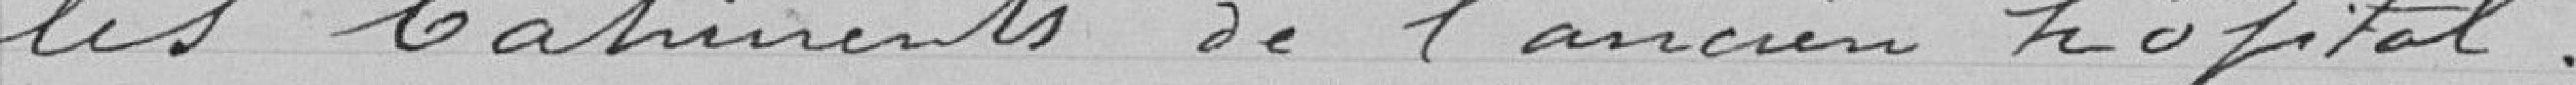
les bâtiments de l'ancien hôpital.